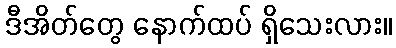
ဒီအိတ်တွေ နောက်ထပ် ရှိသေးလား။